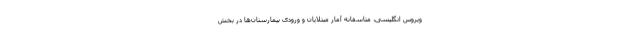
ویروس انگلیسی، متاسفانه آمار مبتلایان و ورودی بیمارستان‌ها در بخش